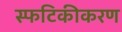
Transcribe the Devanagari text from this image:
स्फटिकीकरण